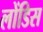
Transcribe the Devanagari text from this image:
लोंडिस